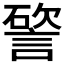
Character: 𥕔